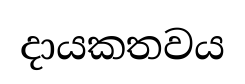
දායකතවය